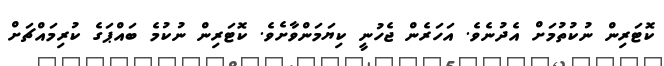
ކޮޓަރިން ނުކުތުމަށް އެދުނެވެ. އަހަރެން ޖެހުނީ ކިޔަމަންވާށެވެ. ކޮޓަރިން ނުކުމެ ބައްޕަގެ ކުރިމައްޗަށް